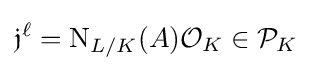
{\mathfrak {j}}^{\ell }=\mathrm {N} _{L/K}(A){\mathcal {O}}_{K}\in {\mathcal {P}}_{K}